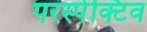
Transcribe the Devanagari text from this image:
परस्पेक्टिव